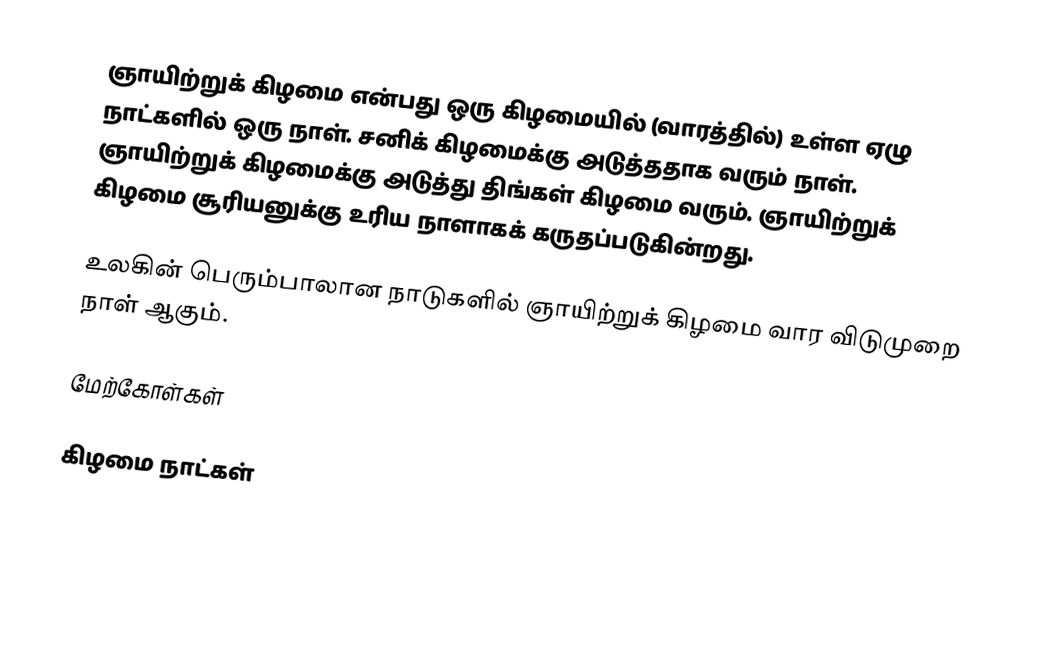
ஞாயிற்றுக் கிழமை என்பது ஒரு கிழமையில் (வாரத்தில்) உள்ள ஏழு நாட்களில் ஒரு நாள். சனிக் கிழமைக்கு அடுத்ததாக வரும் நாள். ஞாயிற்றுக் கிழமைக்கு அடுத்து திங்கள் கிழமை வரும். ஞாயிற்றுக் கிழமை சூரியனுக்கு உரிய நாளாகக் கருதப்படுகின்றது.

உலகின் பெரும்பாலான நாடுகளில் ஞாயிற்றுக் கிழமை வார விடுமுறை நாள் ஆகும்.

மேற்கோள்கள்

கிழமை நாட்கள்